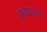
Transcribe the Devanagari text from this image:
बटावलागे